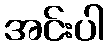
အင်းပါ